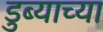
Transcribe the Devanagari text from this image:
डुब्याच्या